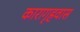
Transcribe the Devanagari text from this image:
कारागृहवास